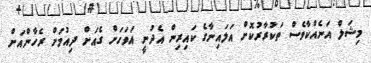
މިޝަލް އަނެއްކާވެސް ތަކުރާރުކޮށް އަލައިނާގެ ކައިރިން އެދުނީ އަވަހަށް ގެއަށް ދިއުމަށް ރެހާންއަށް